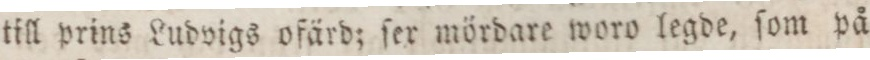
till prins Ludvigs ofärd; ſer mördare woro legde, ſom på